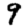
Digit: 9